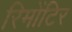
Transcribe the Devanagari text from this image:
रिमोंटिर